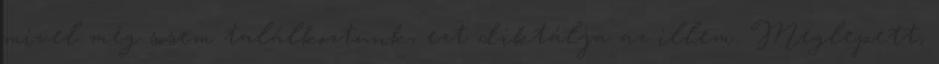
mivel még sosem találkoztunk, ezt diktálja az illem. Meglepett,